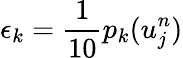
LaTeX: \epsilon_{k}=\frac{1}{10}p_{k}(u_{j}^{n})